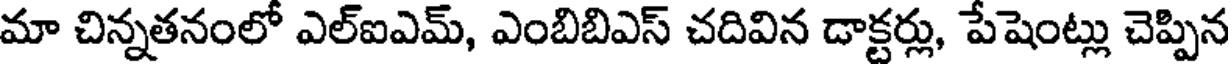
మా చిన్నతనంలో ఎల్ఐఎమ్, ఎంబిబిఎస్ చదివిన డాక్టర్లు, పేషెంట్లు చెప్పిన